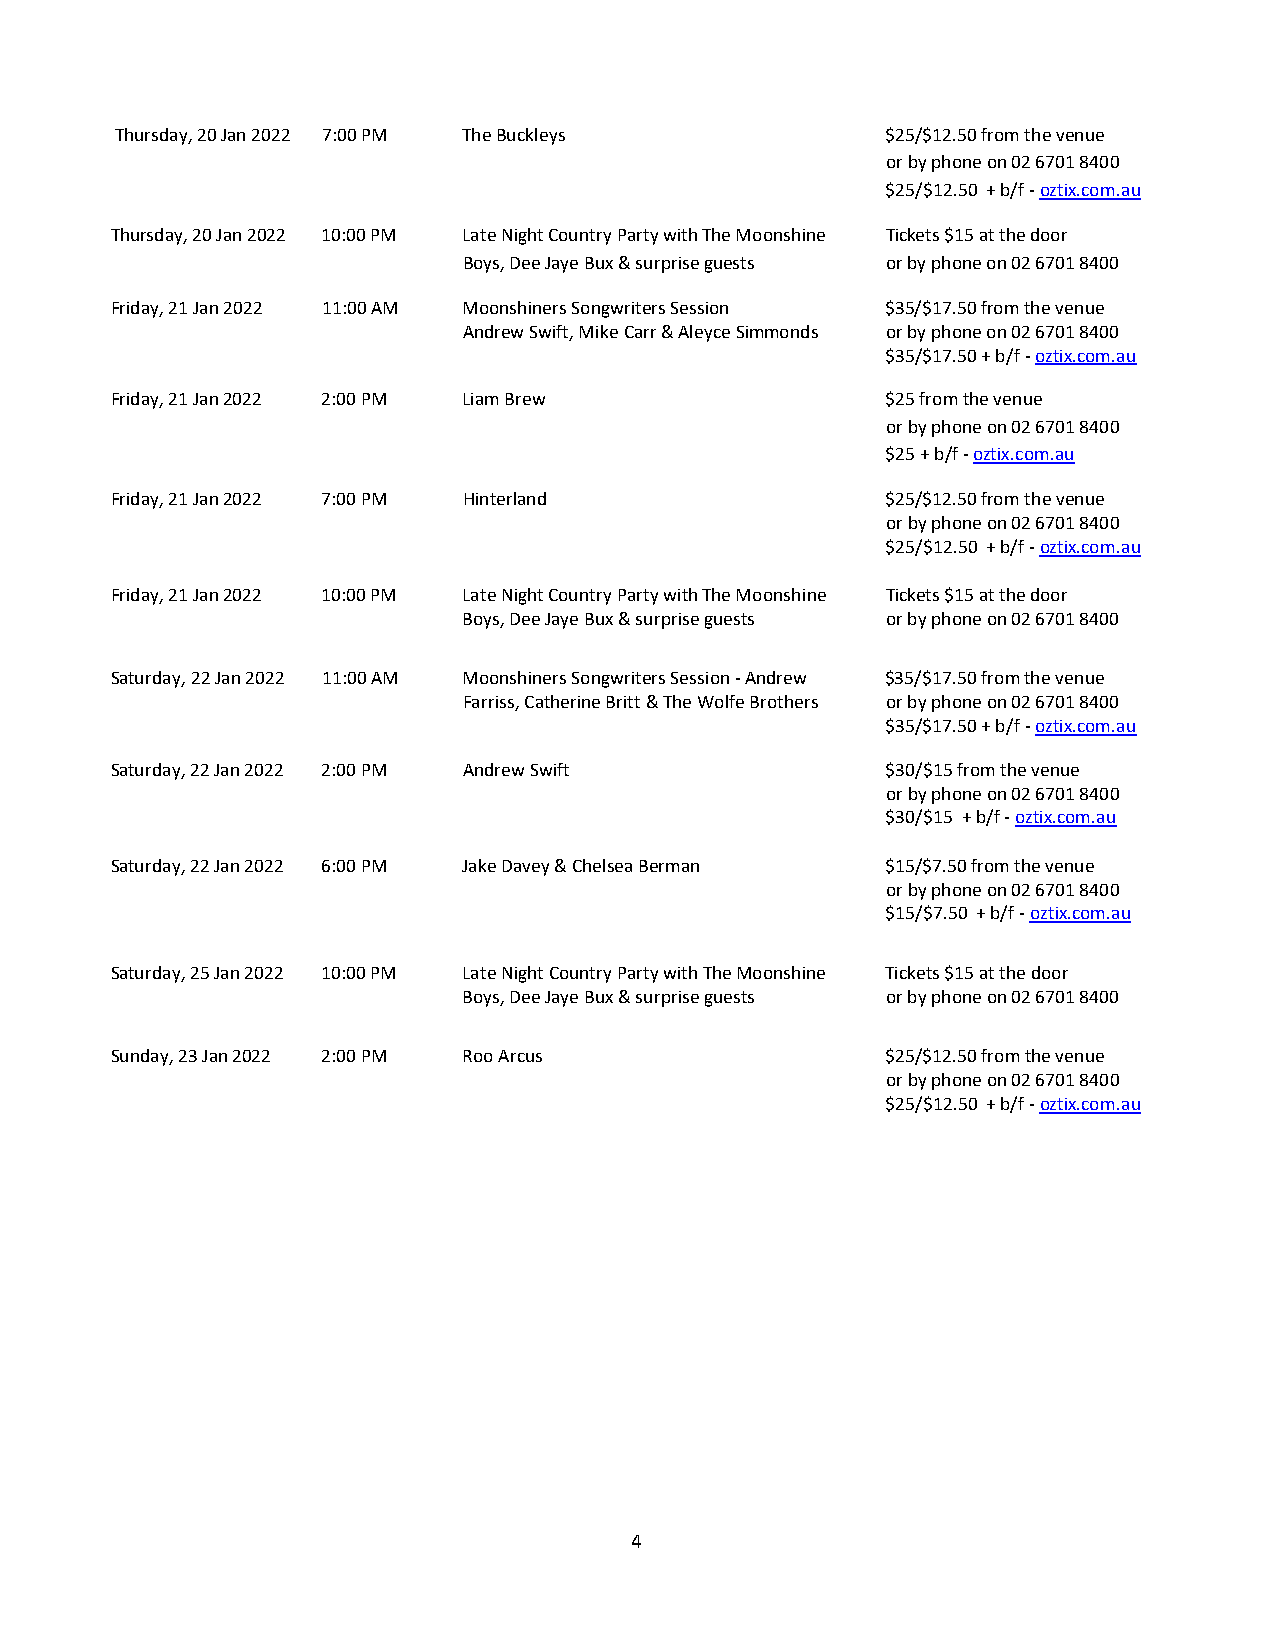
Thursday, 20 Jan 2022 7:00 PM The Buckleys         $25/$12.50 from the venue
 or by phone on 02 6701 8400
 $25/$12.50 + b/f - oztix.com.au
 Thursday, 20 Jan 2022 10:00 PM Late Night Country Party with The Moonshine Tickets $15 at the door
 Boys, Dee Jaye Bux & surprise guests or by phone on 02 6701 8400
 Friday, 21 Jan 2022 11:00 AM Moonshiners Songwriters Session $35/$17.50 from the venue
 Andrew Swift, Mike Carr & Aleyce Simmonds or by phone on 02 6701 8400
 $35/$17.50 + b/f - oztix.com.au
 Friday, 21 Jan 2022 2:00 PM Liam Brew               $25 from the venue
 or by phone on 02 6701 8400
 $25 + b/f - oztix.com.au
 Friday, 21 Jan 2022 7:00 PM Hinterland              $25/$12.50 from the venue
 or by phone on 02 6701 8400
 $25/$12.50 + b/f - oztix.com.au
 Friday, 21 Jan 2022 10:00 PM Late Night Country Party with The Moonshine Tickets $15 at the door
 Boys, Dee Jaye Bux & surprise guests or by phone on 02 6701 8400
 Saturday, 22 Jan 2022 11:00 AM Moonshiners Songwriters Session - Andrew $35/$17.50 from the venue
 Farriss, Catherine Britt & The Wolfe Brothers or by phone on 02 6701 8400
 $35/$17.50 + b/f - oztix.com.au
 Saturday, 22 Jan 2022 2:00 PM Andrew Swift          $30/$15 from the venue
 or by phone on 02 6701 8400
 $30/$15 + b/f - oztix.com.au
 Saturday, 22 Jan 2022 6:00 PM Jake Davey & Chelsea Berman $15/$7.50 from the venue
 or by phone on 02 6701 8400
 $15/$7.50 + b/f - oztix.com.au
 Saturday, 25 Jan 2022 10:00 PM Late Night Country Party with The Moonshine Tickets $15 at the door
 Boys, Dee Jaye Bux & surprise guests or by phone on 02 6701 8400
 Sunday, 23 Jan 2022 2:00 PM Roo Arcus               $25/$12.50 from the venue
 or by phone on 02 6701 8400
 $25/$12.50 + b/f - oztix.com.au
 4